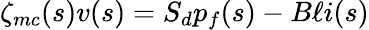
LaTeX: \zeta_{mc}(s)v(s)=S_{d}p_{f}(s)-B\ell i(s)